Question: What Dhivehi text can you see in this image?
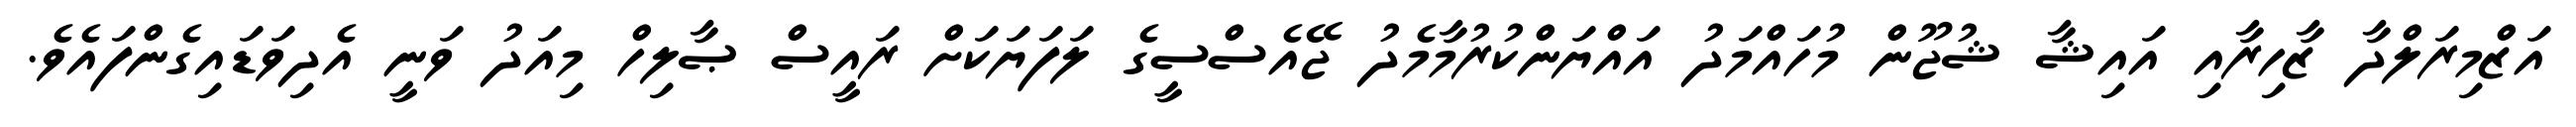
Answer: އަޒްމިރަލްދާ ޒާހިރާއި އައިޝާ ޝުޖޫން މުހައްމަދު އައްޔަންކުރުމާމެދު ޖޭއެސްސީގެ ލަފަޔަކަށް ރައީސް ޞާލިހް މިއަދު ވަނީ އެދިވަޑައިގެންފައެވެ.